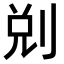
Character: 𠜑